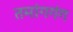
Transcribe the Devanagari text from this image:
तमांगगंग